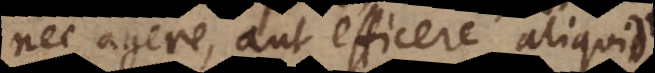
nec agere, aut efficere aliquid